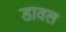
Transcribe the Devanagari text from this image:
डावल